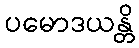
ပမောဒယန္တိ